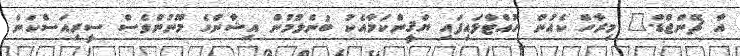
އާ ޗޭންޖްޑް." މިރާހް ކެއުން ހުއްޓާލައިފައި ޔަޤީންކަމާއެކު ބުނެލުމުން އިޝާންގެ މޫނުންވެސް ސީރިއަސްކަން